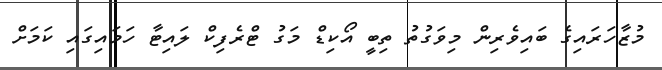
މުޒާހަރައިގެ ބައިވެރިން މިވަގުތު ތިބީ އޯކިޑް މަގު ޓްރެފިކް ލައިޓާ ހަމައިގައި ކަމަށް